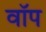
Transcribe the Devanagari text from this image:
वॉप